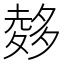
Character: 𪤽